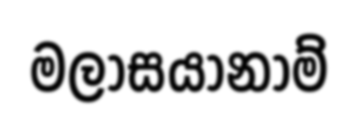
මලාසයානාම්